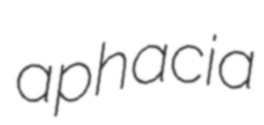
aphacia